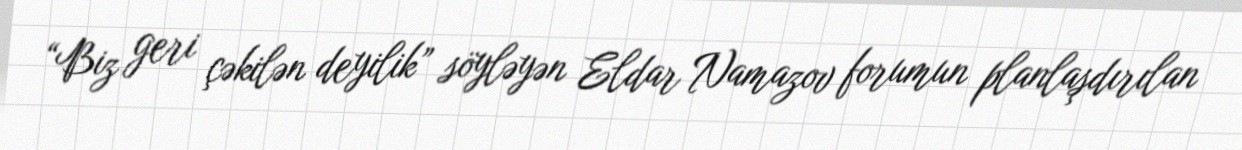
“Biz geri çəkilən deyilik” söyləyən Eldar Namazov forumun planlaşdırılan